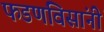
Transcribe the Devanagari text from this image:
फडणविसांनीं